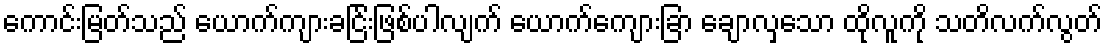
ကောင်းမြတ်သည် ယောက်ကျားခငြ်းဖြစ်ပါလျက် ယောက်ကျေားခြာ ချောလှသော ထိုလူကို သတိလက်လွတ်